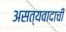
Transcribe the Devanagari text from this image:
असत्यवादाची